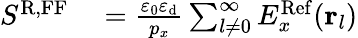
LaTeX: \begin{array}{rl}{S^{\mathrm{R,FF}}}&{{}=\frac{\varepsilon_{0}\varepsilon_{\mathrm{d}}}{p_{x}}\sum_{l\neq 0}^{\infty}E_{x}^{\mathrm{Ref}}({\mathbf r}_{l})}\end{array}